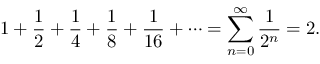
1 + { \frac { 1 } { 2 } } + { \frac { 1 } { 4 } } + { \frac { 1 } { 8 } } + { \frac { 1 } { 1 6 } } + \cdots = \sum _ { n = 0 } ^ { \infty } { \frac { 1 } { 2 ^ { n } } } = 2 .